Leaving Certificate Examination (including Day School Certificate (Higher) General paper), 1926
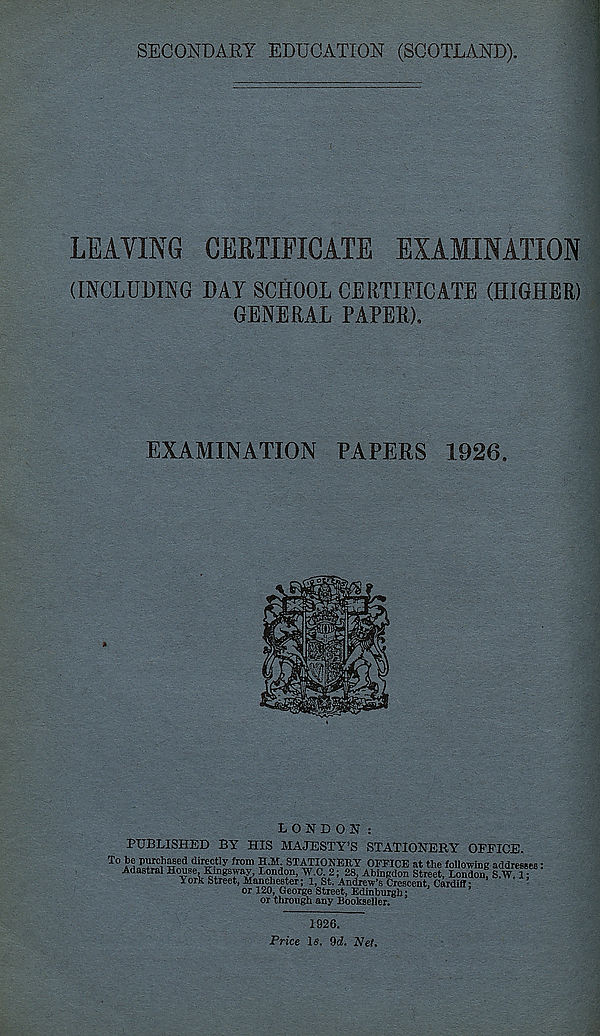
SECONDARY EDUCATION (SCOTLAND).
LEAVING CERTIFICATE EXAMINATION
(INCLUDING DAY SCHOOL CERTIFICATE (HIGHER)
GENERAL PAPER),
EXAMINATION PAPERS 1926.
LONDON:
PUBLISHED BY HIS MAJESTY’S STATIONERY OFFICE.
To be purchased directly from H.M. STATIONERY OFFICE at the followmtr addresnen •
Adastral House Kingsway, Loudon, W.C. 2; 28, Abingdon Street, Loud“u! S w f; '
York Street, Manchester; 1, St. Andrew’s Crescent, Cardiff*
or 120, George Street, Edinburgh:
’
or through any Bookseller.
1926.
Price Is, fid. Net,